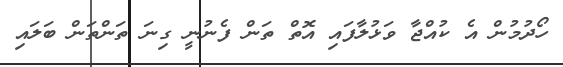
ހޯދުމުން އެ ކުއްޖާ ވަޅުލާފައި އޮތް ތަން ފެނުނީ ގިނަ ތަންތަން ބަލައި